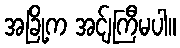
အခြို့က အင်ျကြီမပါ။